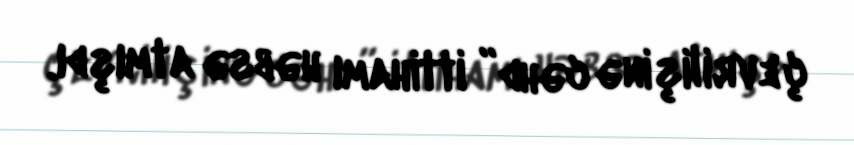
çevrilişinə cəhd” ittihamı həbsə atmışdı.